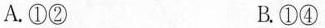
A.①② B.①④